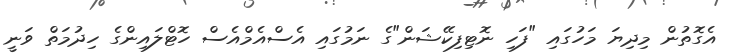
އެގޮތުން މިދިޔަ މަހުގައި "ފަހި ނޮޓިފިކޭޝަން"ގެ ނަމުގައި އެސްއެމްއެސް ހޮޓްލައިންގެ ހިދުމަތް ވަނީ